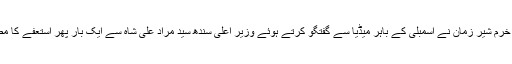
بعد ازاں خرم شیر زمان نے اسمبلی کے باہر میڈیا سے گفتگو کرتے ہوئے وزیر اعلیٰ سندھ سید مراد علی شاہ سے ایک بار پھر استعفے کا مطالبہ کیا۔